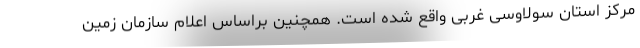
مرکز استان سولاوسی غربی واقع شده است. همچنین براساس اعلام سازمان زمین